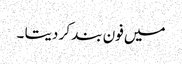
میں فون بند کر دیتا ۔